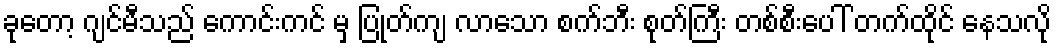
ခုတော့ ဂျင်မီသည် ကောင်းကင် မှ ပြုတ်ကျ လာသော စက်ဘီး စုတ်ကြီး တစ်စီးပေါ် တက်ထိုင် နေသလို